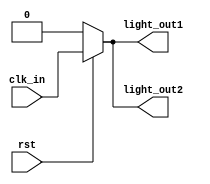
module signal_light(clk_in,rst,light_out1,light_out2);

input clk_in,rst;
output reg light_out1, light_out2;

always@(clk_in)
begin
   if(rst)
      begin
      light_out1 <= clk_in;
		light_out2 <= clk_in;
      end
   else
      begin
      light_out1 <= rst;
		light_out2 <= rst;
      end
end

endmodule